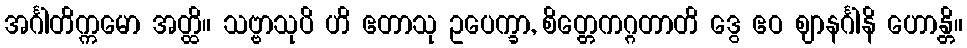
အင်္ဂါတိက္ကမော အတ္ထိ။ သဗ္ဗာသုပိ ဟိ ဧတာသု ဥပေက္ခာ, စိတ္တေကဂ္ဂတာတိ ဒွေ ဧဝ ဈာနင်္ဂါနိ ဟောန္တိ။